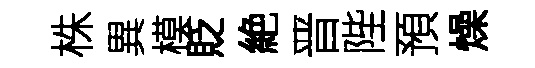
株異模貶絶晋陛預燥